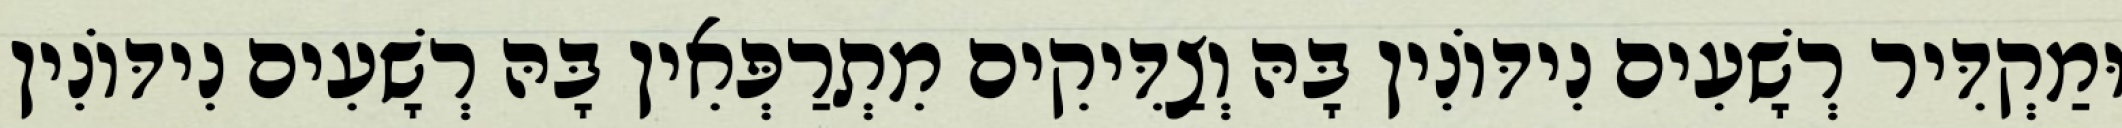
וּמַקְדִּיר רְשָׁעִים נִידּוֹנִין בָּהּ וְצַדִּיקִים מִתְרַפְּאִין בָּהּ רְשָׁעִים נִידּוֹנִין